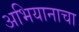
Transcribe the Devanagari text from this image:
अभियानाचा